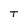
Character: T